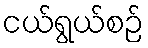
ငယ်ရွယ်စဉ်